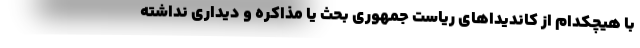
با هیچکدام از کاندیداهای ریاست جمهوری بحث یا مذاکره و دیداری نداشته